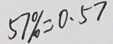
5 7 \% = 0 . 5 7